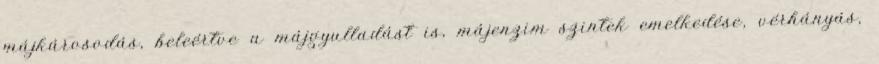
májkárosodás, beleértve a májgyulladást is, májenzim szintek emelkedése, vérhányás,